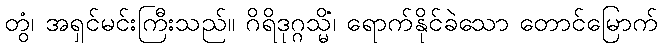
တွံ၊ အရှင်မင်းကြီးသည်။ ဂိရိဒုဂ္ဂသ္မိံ၊ ရောက်နိုင်ခဲသော တောင်မြောက်